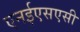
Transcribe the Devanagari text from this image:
एनईएसएसी